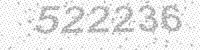
Solution: 522236